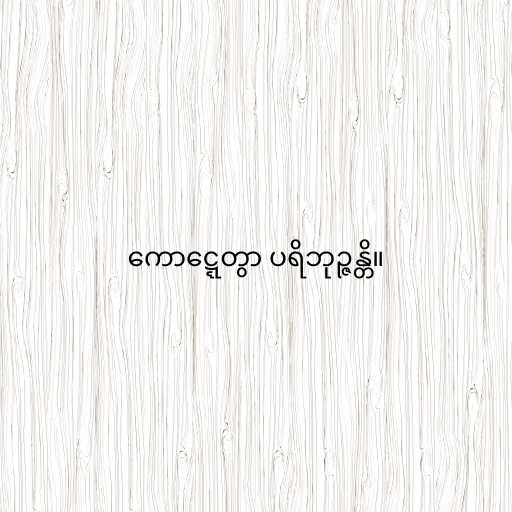
ကောဋ္ဋေတွာ ပရိဘုဉ္ဇန္တိ။